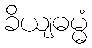
ခိယျဓမ္မံ